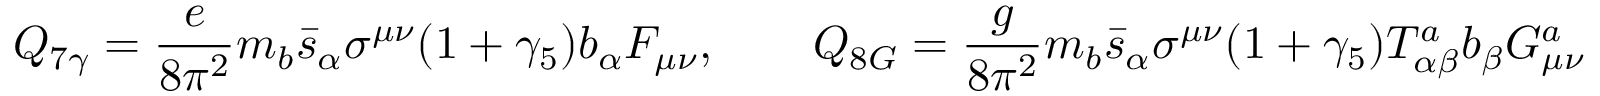
Q _ { 7 \gamma } = \frac { e } { 8 \pi ^ { 2 } } m _ { b } \bar { s } _ { \alpha } \sigma ^ { \mu \nu } ( 1 + \gamma _ { 5 } ) b _ { \alpha } F _ { \mu \nu } , \qquad Q _ { 8 G } = \frac { g } { 8 \pi ^ { 2 } } m _ { b } \bar { s } _ { \alpha } \sigma ^ { \mu \nu } ( 1 + \gamma _ { 5 } ) T _ { \alpha \beta } ^ { a } b _ { \beta } G _ { \mu \nu } ^ { a }